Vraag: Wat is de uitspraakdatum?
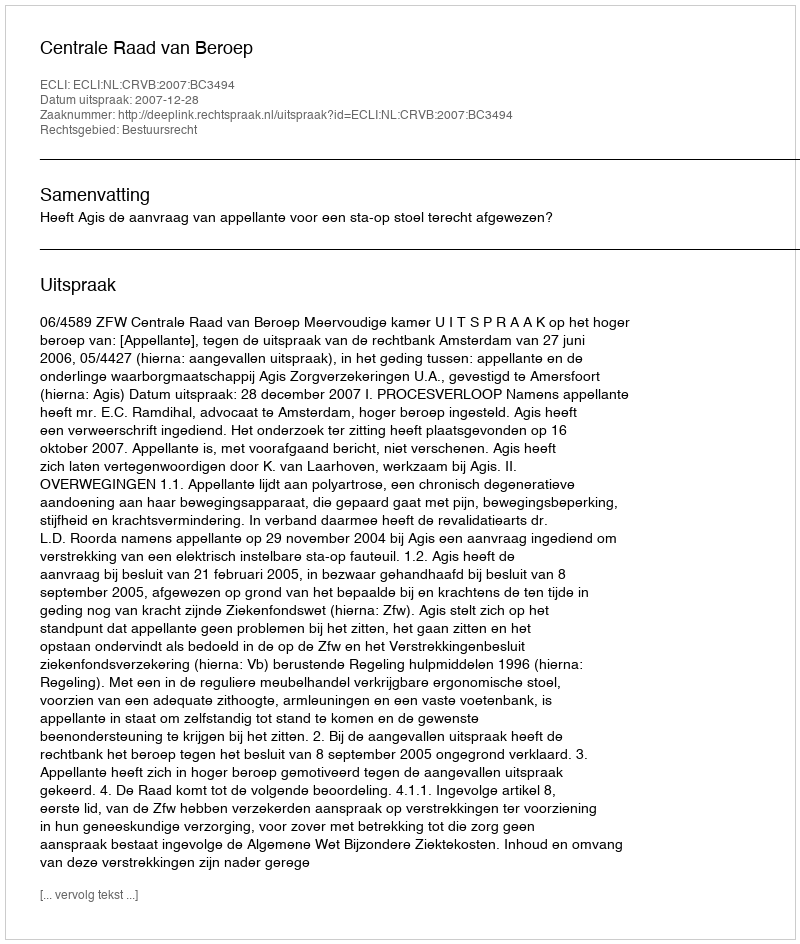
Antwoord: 2007-12-28